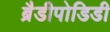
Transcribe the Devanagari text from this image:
ब्रैडीपोडिडी